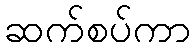
ဆက်စပ်ကာ